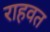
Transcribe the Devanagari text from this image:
राहवत